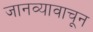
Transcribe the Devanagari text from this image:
जानव्यावाचून